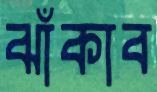
ঝাঁকাব